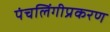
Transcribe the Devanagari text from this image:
पंचलिंगीप्रकरण